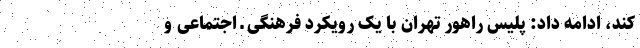
کند، ادامه داد: پلیس راهور تهران با یک رویکرد فرهنگی ـ اجتماعی و